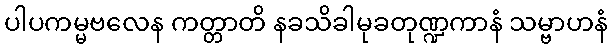
ပါပကမ္မဗလေန ကတ္တာတိ နခသိခါမုခတုဏ္ဍကာနံ သမ္ဗာဟနံ